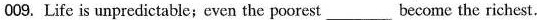
009. Life is unpredictable; even the poorest ___ become the richest.